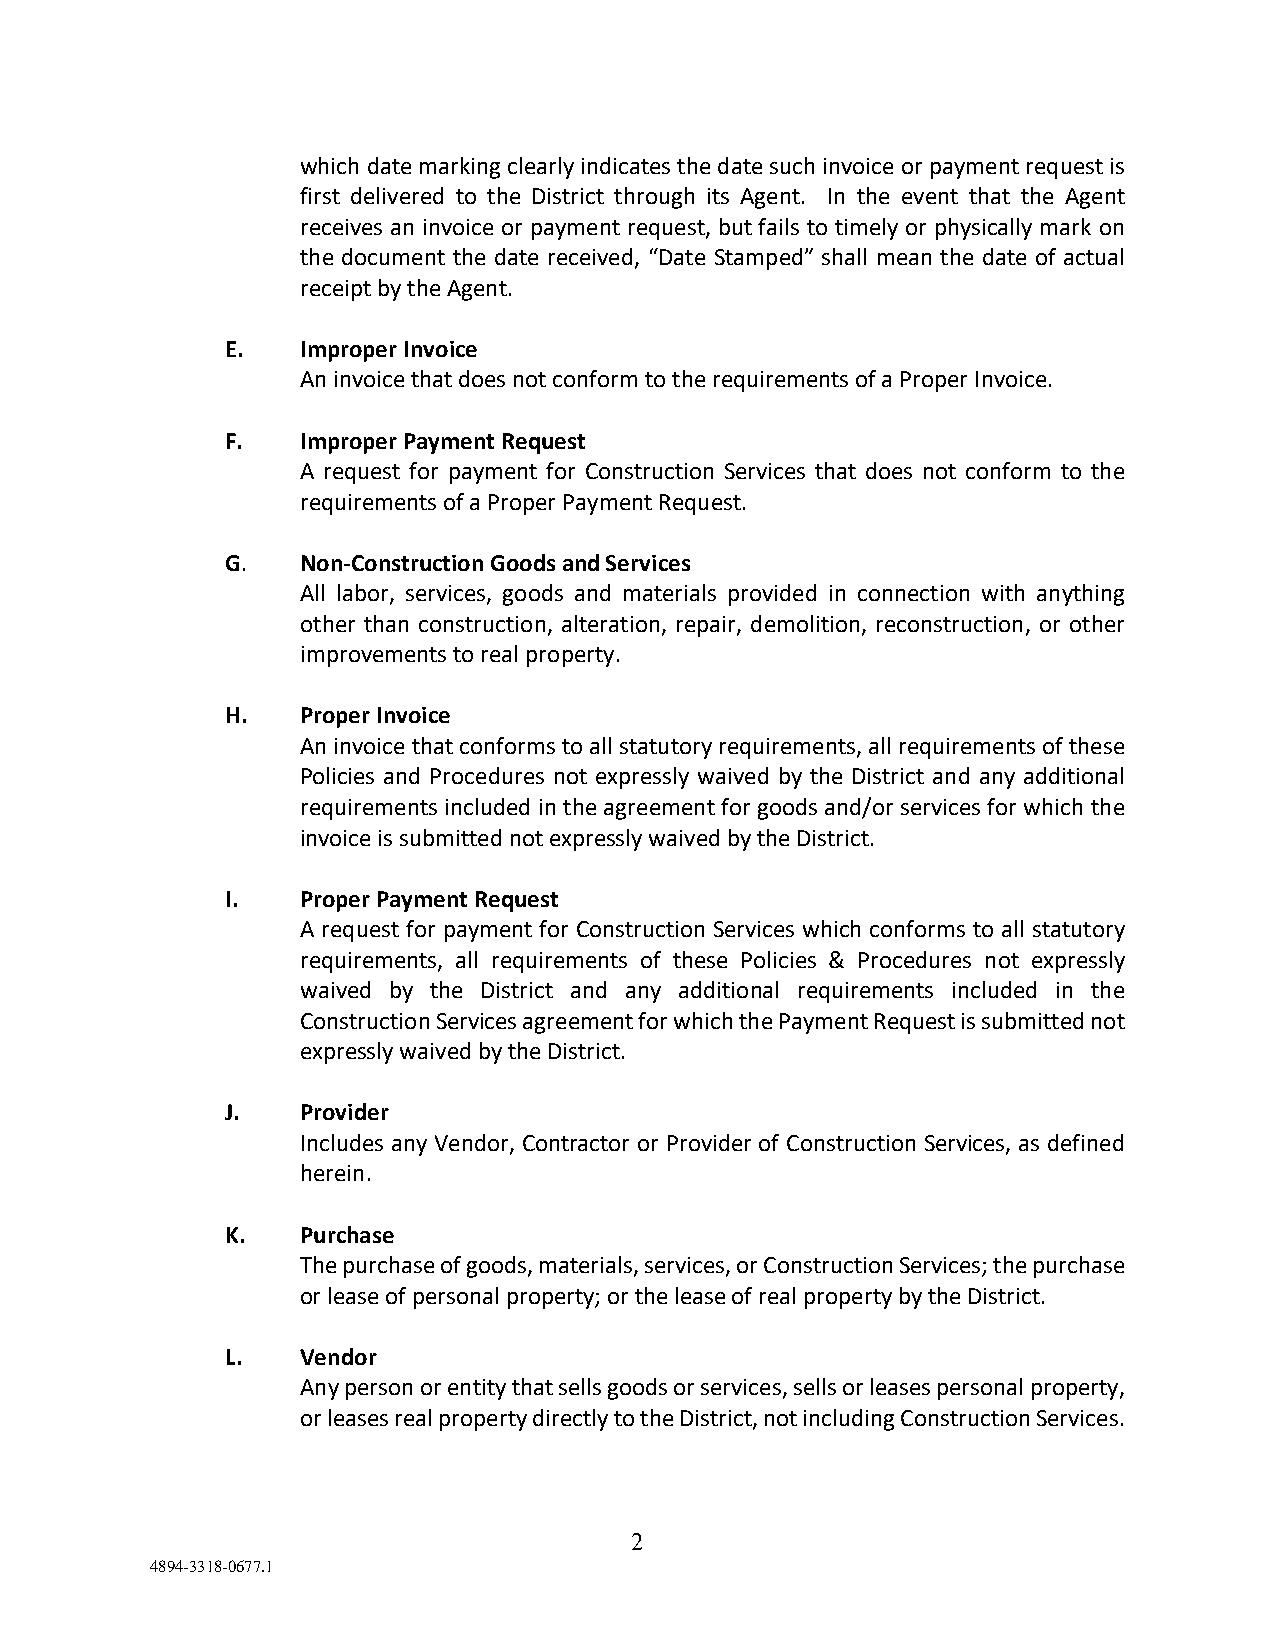
which date marking clearly indicates the date such invoice or payment request is
 first delivered to the District through its Agent. In the event that the Agent
 receives an invoice or payment request, but fails to timely or physically mark on
 the document the date received, “Date Stamped” shall mean the date of actual
 receipt by the Agent.
 E.   Improper Invoice
 An invoice that does not conform to the requirements of a Proper Invoice.
 F.   Improper Payment Request
 A request for payment for Construction Services that does not conform to the
 requirements of a Proper Payment Request.
 G.   Non-Construction Goods and Services
 All labor, services, goods and materials provided in connection with anything
 other than construction, alteration, repair, demolition, reconstruction, or other
 improvements to real property.
 H.   Proper Invoice
 An invoice that conforms to all statutory requirements, all requirements of these
 Policies and Procedures not expressly waived by the District and any additional
 requirements included in the agreement for goods and/or services for which the
 invoice is submitted not expressly waived by the District.
 I.   Proper Payment Request
 A request for payment for Construction Services which conforms to all statutory
 requirements, all requirements of these Policies & Procedures not expressly
 waived by the District and any additional requirements included in the
 Construction Services agreement for which the Payment Request is submitted not
 expressly waived by the District.
 J.   Provider
 Includes any Vendor, Contractor or Provider of Construction Services, as defined
 herein.
 K.   Purchase
 The purchase of goods, materials, services, or Construction Services; the purchase
 or lease of personal property; or the lease of real property by the District.
 L.   Vendor
 Any person or entity that sells goods or services, sells or leases personal property,
 or leases real property directly to the District, not including Construction Services.
 2
 4894-3318-0677.1